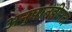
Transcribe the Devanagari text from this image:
अनुपातहीनता